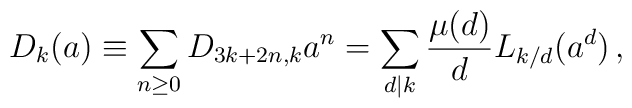
D_k(a)\equiv\sum_{n\ge0}D_{3k+2n,k}a^n=\sum_{d|k}\frac{\mu(d)}{d}L_{k/d}(a^d)\,,